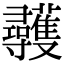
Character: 彠